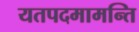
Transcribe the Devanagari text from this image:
यतपदमामन्ति